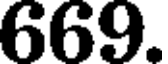
669.